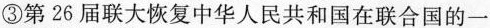
③第26届联大恢复中华人民共和国在联合国的一